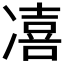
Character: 𱐌